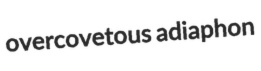
overcovetous adiaphon